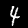
Label: 4